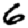
Digit: 6